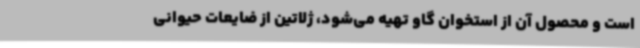
است و محصول آن از استخوان گاو تهیه می‌شود، ژلاتین از ضایعات حیوانی